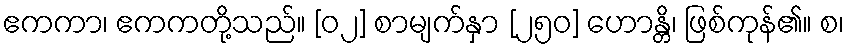
ဧကကာ၊ ဧကကတို့သည်။ [၀၂] စာမျက်နှာ [၂၅၀] ဟောန္တိ၊ ဖြစ်ကုန်၏။ စ၊